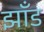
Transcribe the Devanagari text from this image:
झाँड